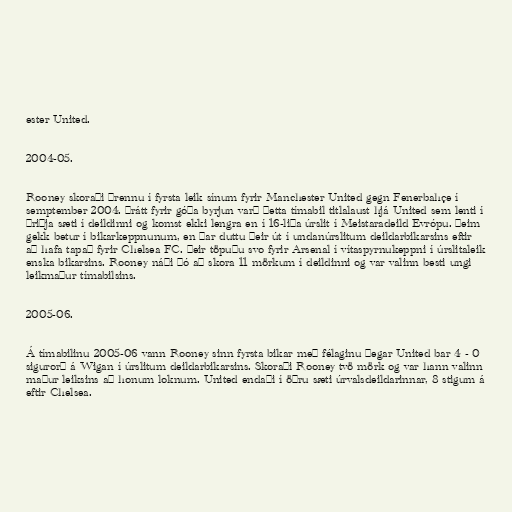
ester United.

2004-05.

Rooney skoraði þrennu í fyrsta leik sínum fyrir Manchester United gegn Fenerbahçe í
semptember 2004. Þrátt fyrir góða byrjun varð þetta tímabil titlalaust hjá United sem lenti í
þriðja sæti í deildinni og komst ekki lengra en í 16-liða úrslit í Meistaradeild Evrópu. Þeim
gekk betur í bikarkeppnunum, en þar duttu þeir út í undanúrslitum deildarbikarsins eftir
að hafa tapað fyrir Chelsea FC. Þeir töpuðu svo fyrir Arsenal í vítaspyrnukeppni í úrslitaleik
enska bikarsins. Rooney náði þó að skora 11 mörkum í deildinni og var valinn besti ungi
leikmaður tímabilsins.

2005-06.

Á tímabilinu 2005-06 vann Rooney sinn fyrsta bikar með félaginu þegar United bar 4 - 0
sigurorð á Wigan í úrslitum deildarbikarsins. Skoraði Rooney tvö mörk og var hann valinn
maður leiksins að honum loknum. United endaði í öðru sæti úrvalsdeildarinnar, 8 stigum á
eftir Chelsea.